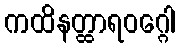
ကထိနတ္ထာရဝဂ္ဂေါ